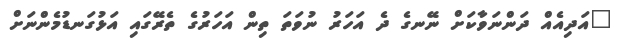
"އަދިއެއް ދަންނަވާކަށް ނޭނގެ ދެ އަހަރު ނުވަތަ ތިން އަހަރުގެ ތެރޭގައި އަޅުގަނޑުމެންނަށް